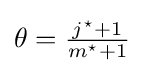
{\textstyle \theta ={\frac {j^{\star }+1}{m^{\star }+1}}}